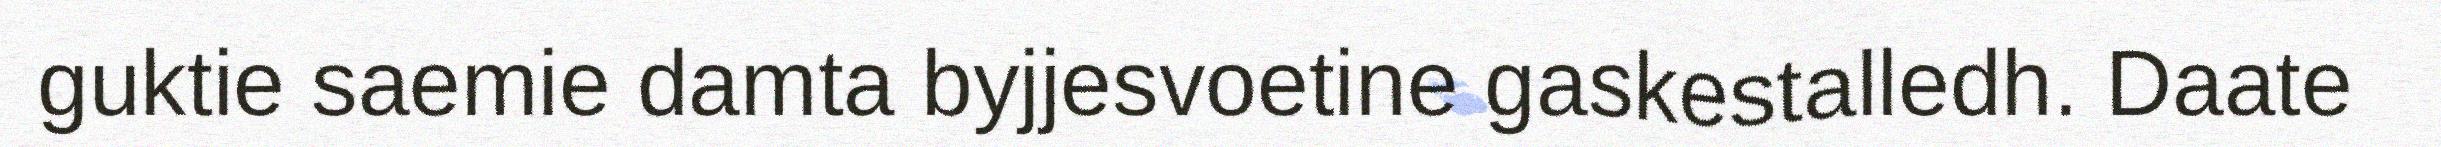
guktie saemie damta byjjesvoetine gaskestalledh. Daate